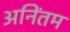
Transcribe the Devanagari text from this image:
अनिंतम